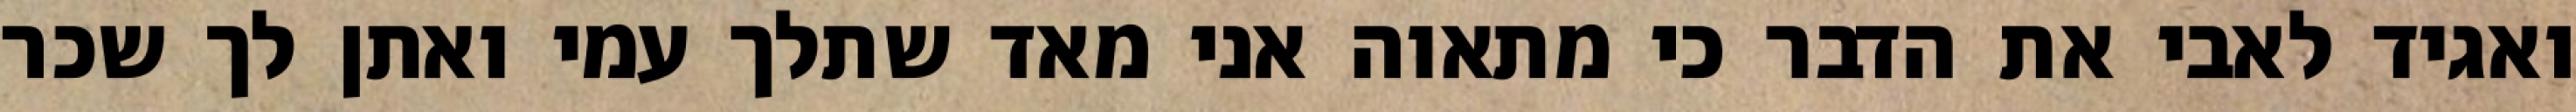
ואגיד לאבי את הדבר כי מתאוה אני מאד שתלך עמי ואתן לך שכר